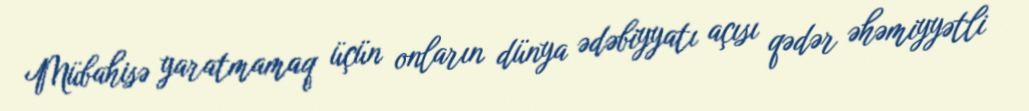
Mübahisə yaratmamaq üçün onların dünya ədəbiyyatı açısı qədər əhəmiyyətli